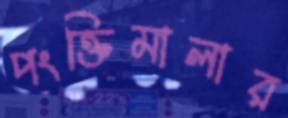
পংক্তিমালার